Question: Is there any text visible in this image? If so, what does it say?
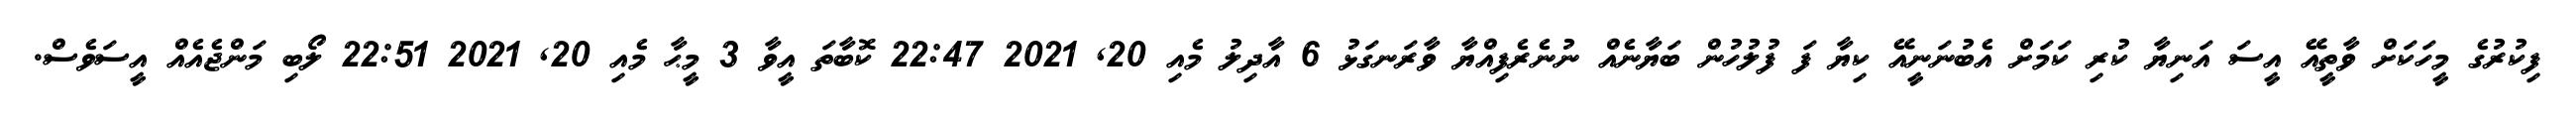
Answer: ފިކުރުގެ މީހަކަށް ވާތީއޭ އީސަ އަނިޔާ ކުރި ކަމަށް އެބުނަނީއޭ ކިޔާ ފަ ފުލުހުން ބަޔާނެއް ނުނެރެފިއްޔާ ވާރަނގަޅު 6 އާދިލު މެއި 20, 2021 22:47 ކޮބާތަ އީވާ 3 މީޙާ މެއި 20, 2021 22:51 ލޯބި މަންޖެއެއް އީސަވެސް.